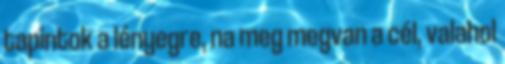
tapintok a lényegre, na meg megvan a cél, valahol